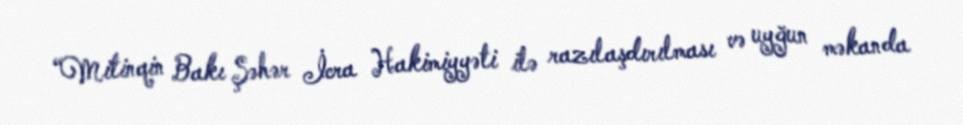
“Mitinqin Bakı Şəhər İcra Hakimiyyəti ilə razılaşdırılması və uyğun məkanda